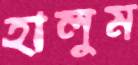
হালুম